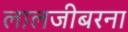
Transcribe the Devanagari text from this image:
लालजीबरना